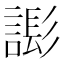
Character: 𧫄